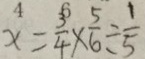
x = \frac { 3 } { 4 } \times \frac { 5 } { 6 } \div \frac { 1 } { 5 }